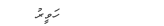
٢١